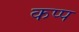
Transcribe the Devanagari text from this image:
कप्प